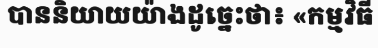
បាននិយាយយ៉ាងដូច្នេះថា៖ «កម្មវិធី